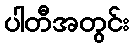
ပါတီအတွင်း